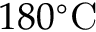
1 8 0 \mathrm { { } ^ { \circ } C }